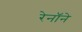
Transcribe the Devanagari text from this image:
रेनॉने